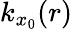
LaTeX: k_{x_{0}}(r)